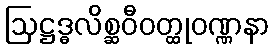
ဩဋ္ဌဒ္ဓလိစ္ဆဝီဝတ္ထုဝဏ္ဏနာ